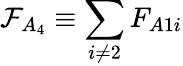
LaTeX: \mathcal{F}_{A_{4}}\equiv\sum_{i\neq 2}F_{A1i}